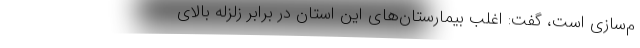
م‌سازی است، گفت: اغلب بیمارستان‌های این استان در برابر زلزله بالای